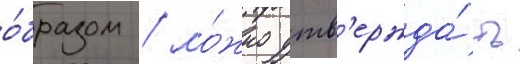
о́бразом / мо́жно утв'ержда́ть